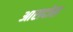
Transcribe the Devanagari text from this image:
आरादोस